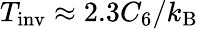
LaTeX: T_{\mathrm{inv}}\approx 2.3C_{6}/k_{\mathrm{B}}